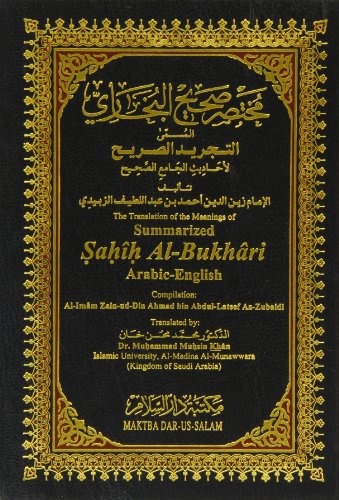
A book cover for The Translation of the Meanings of Summarized Sahih Al-Bukhari: Arabic-English; Religion & Spirituality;